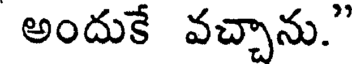
అందుకే వచ్చాను."